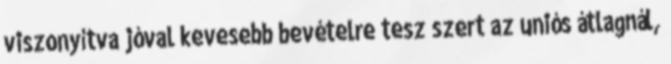
viszonyítva jóval kevesebb bevételre tesz szert az uniós átlagnál,